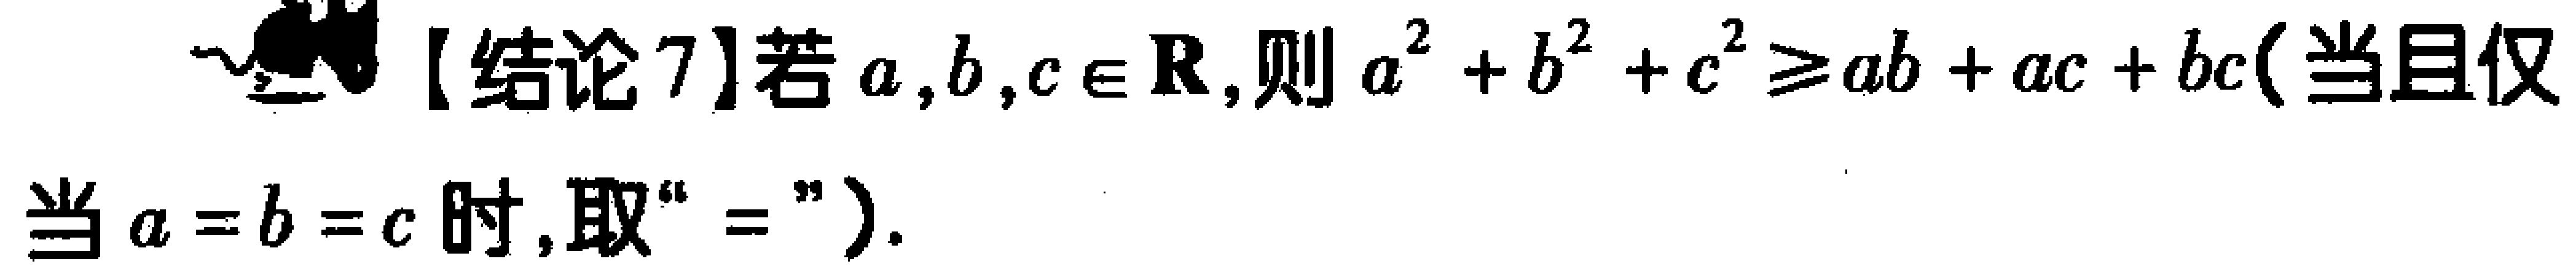
【结论7】若\(a,b,c\in \mathbb{R}\)，则\(a^{2}+b^{2}+c^{2}\geq ab + ac + bc\)（当且仅当\(a = b = c\)时，取“\(=\)”）。